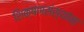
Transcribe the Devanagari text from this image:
शिक्षणसंस्थांना